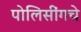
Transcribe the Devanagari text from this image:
पोलिसींगचे